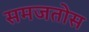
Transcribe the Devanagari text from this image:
समजतोस